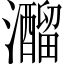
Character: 𤄍